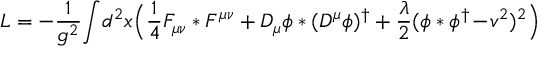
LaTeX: L = - { \frac { 1 } { g ^ { 2 } } } \! \int \! d ^ { 2 } x \Bigl ( { \frac { 1 } { 4 } } F _ { \mu \nu } * F ^ { \mu \nu } + D _ { \mu } \phi * ( D ^ { \mu } \phi ) ^ { \dagger } + { \frac { \lambda } { 2 } } ( \phi * \phi ^ { \dagger } \! - \! v ^ { 2 } ) ^ { 2 } \Bigr )